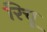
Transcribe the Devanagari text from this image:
रिचू